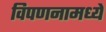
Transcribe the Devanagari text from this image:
विपणनामध्ये